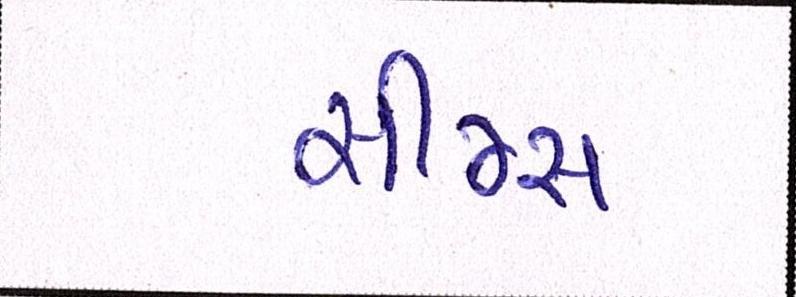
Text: સીમ્સ